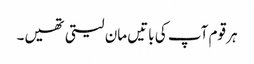
ہر قوم آپ کی باتیں مان لیتی تھیں۔